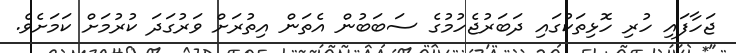
ޖަހާފައި ހުރި ހޮޅިތަކުގައި ދަބަރުޖެހުމުގެ ސަބަބުން އެތަން އިތުރަށް ވަރުގަދަ ކުރުމަށް ކަމަށެވެ.